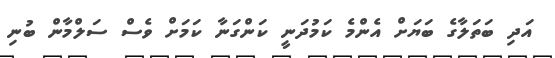
އަދި ބަތަލާގެ ބަޔަށް އެންމެ ކަމުދަނީ ކަންގަނާ ކަމަށް ވެސް ސަލްމާން ބުނި